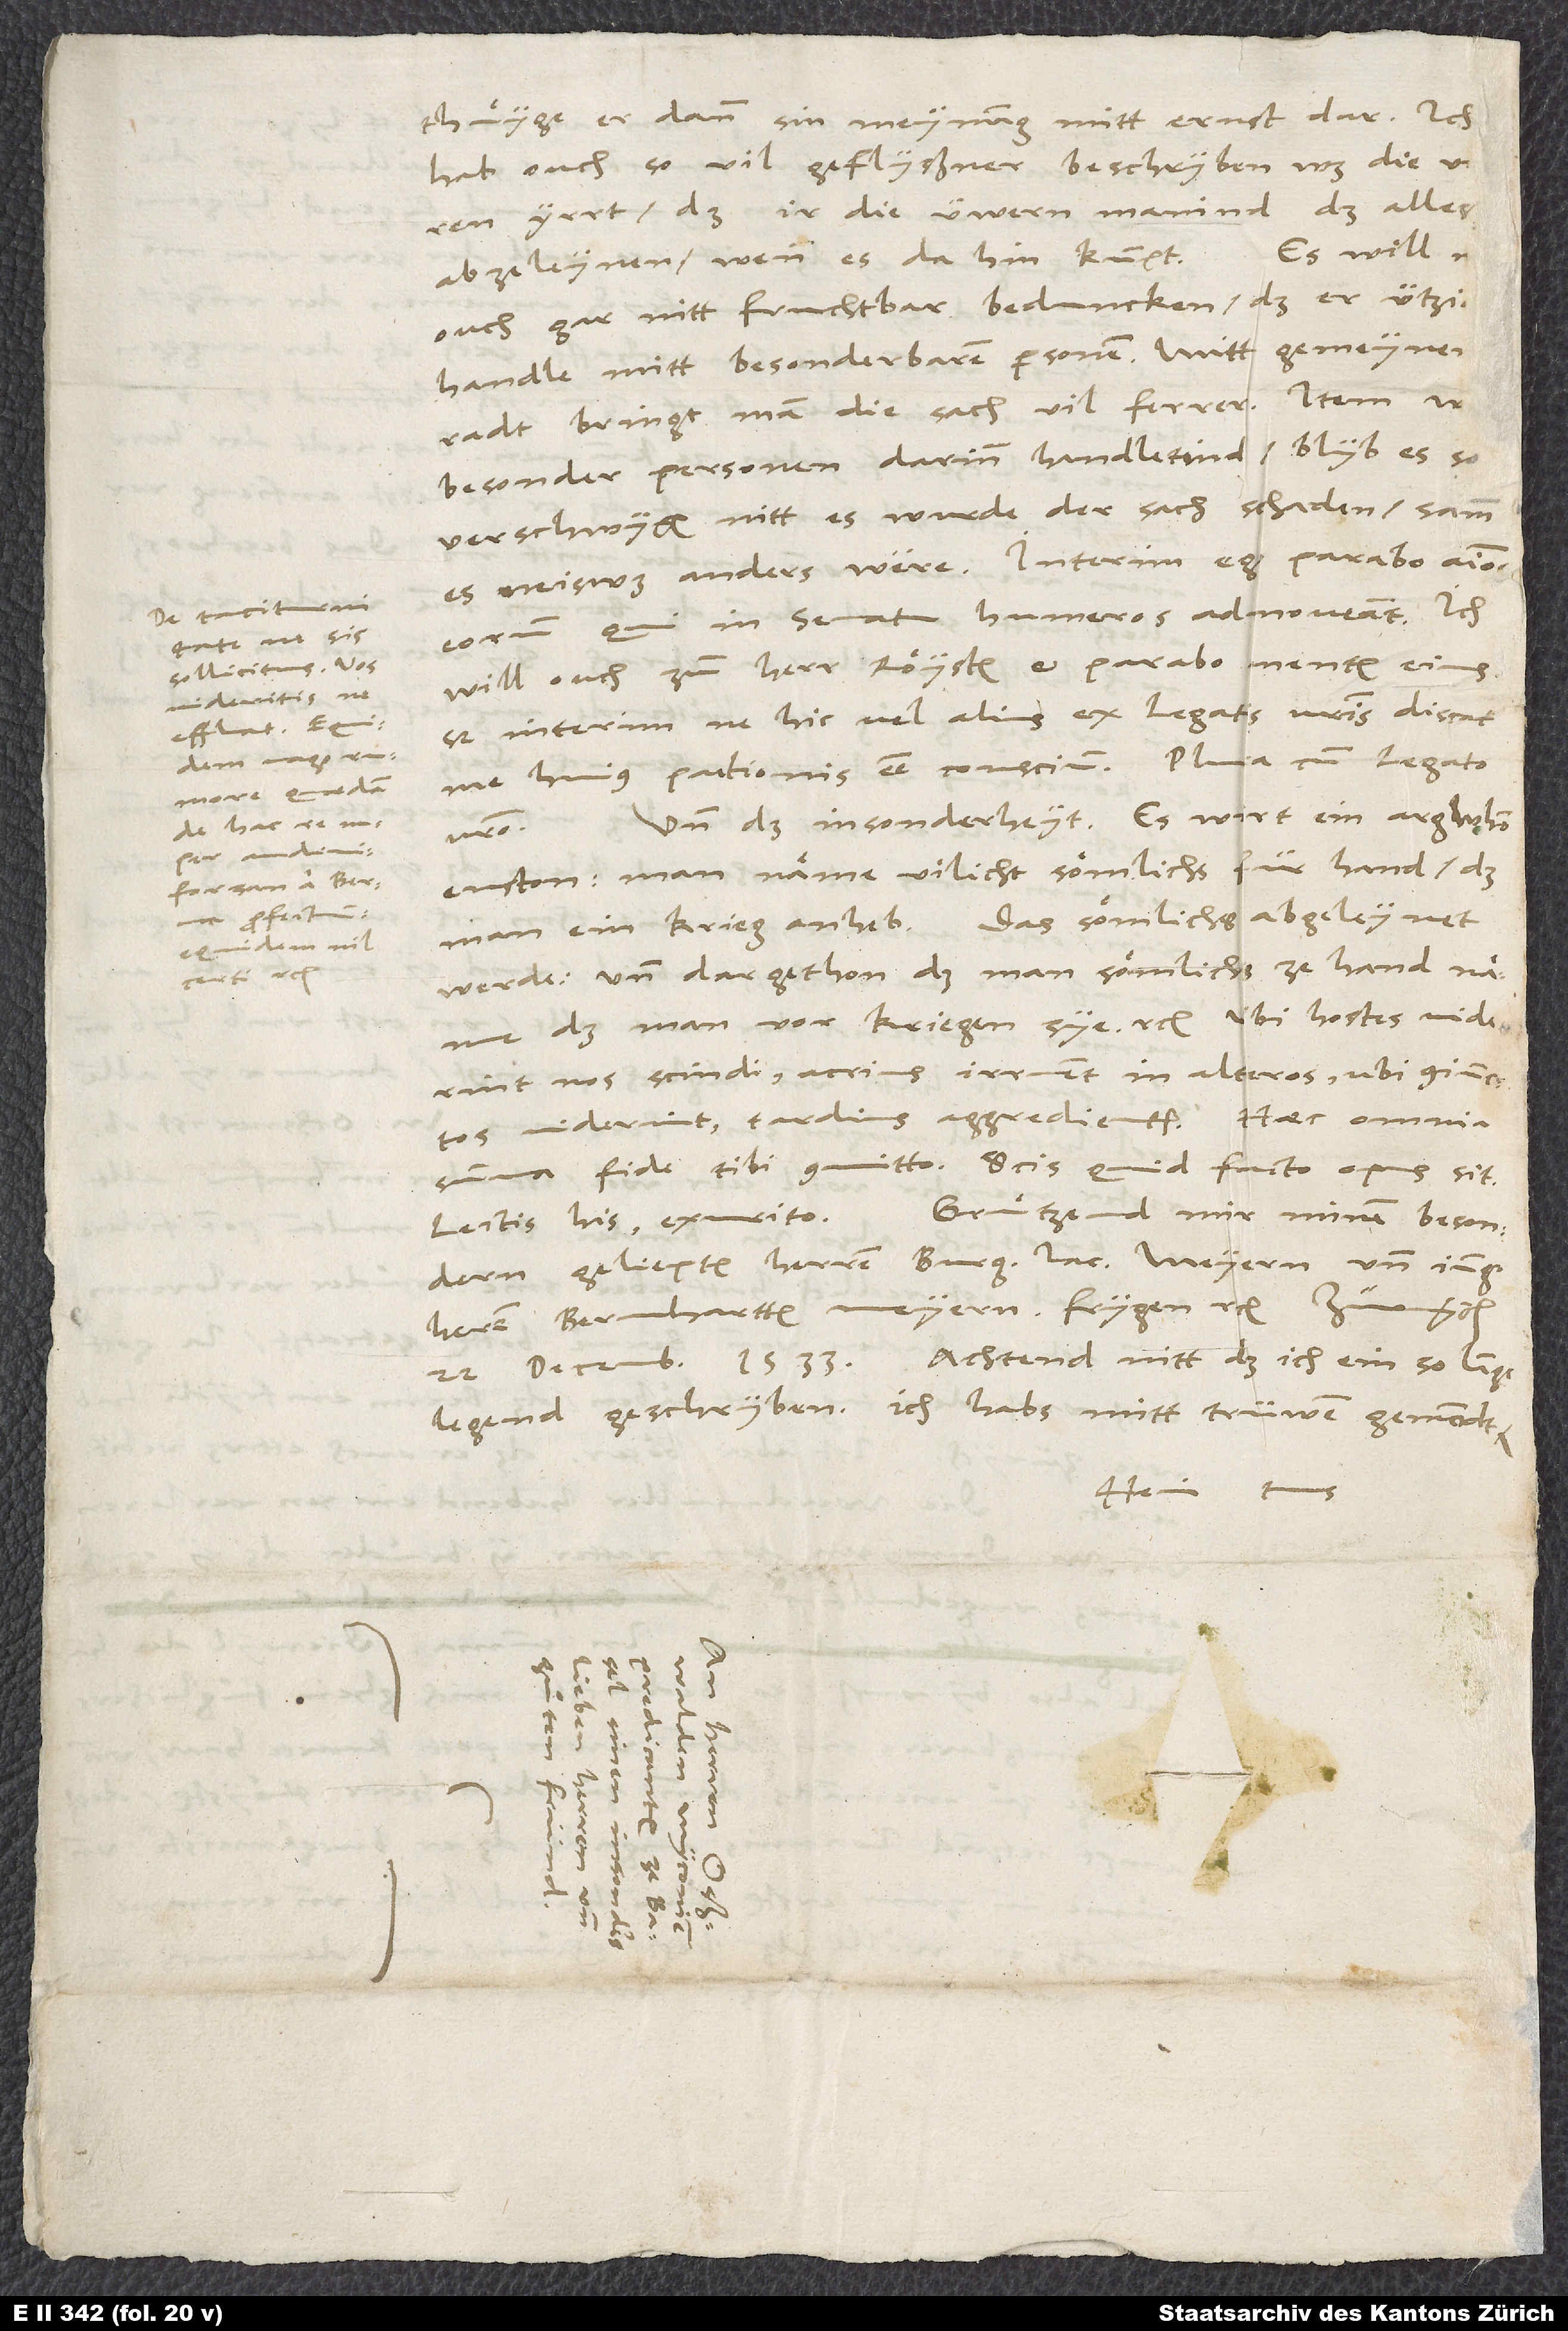
ne sis
sollicitus. Vos
videritis, ne
effluat. Equidem
quaedam
de hac re
audivi,
forsan a Berna
profectum,
equidem nil
certi etc.

thuͤyge er dann sin meynung mitt ernst dar. Ich
hab ouch so vil geflyßner beschryben, was die unsren
yrrt, da ir die üwern manind, das alles
Es will
abzeleynen, wenn es dahin kumpt.
ouch gar nitt fruchtbar beduncken, daß er ützid
handle mitt besonderbaren personen. Mitt gemeynem
radt bringt man die sach vil ferrer. Item wo
besonder personen darinn handletind, blyb es so
verschwygen nitt. Es wurde der sach schaden, samm
eorum, qui in senatu humeros admoveant. Ich
Sed interim ne hic vel alius ex legatis vestris discat
me huius pactionis esse conscium! Plura cum legato
Und das insonderheyt: Es wirt ein argwhon
enston , man näme vilicht sömlichs für hand, daß
man ein krieg anheb. Das sömlichs abgeleynet
werde und dargethon, daß man sömlichs ze hand näme,
daß man vor kriegen sye etc. Ubi hostes viderint
nos scindi, acrius irruent in alteros, ubi coniunctos
viderint, tardius aggredientur. Haec omnia
summa fide tibi committo. Scis, quid facto opus sit.
Gruͤtzend mir minen besondern
Lectis his exurito.
geliepten herren burg Jac. Meyern und jungheren
Bernhartten Meyern, Frygen etc.
legend geschryben. Ich habs mitt trüwen gemeindt.
Hein. tuus.